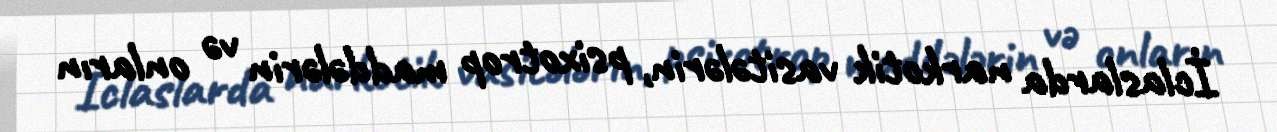
İclaslarda narkotik vasitələrin, psixotrop maddələrin və onların